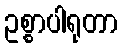
ဥစ္စာပါရုတာ